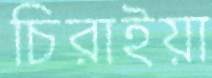
চিরাইয়া